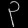
Digit: ၃